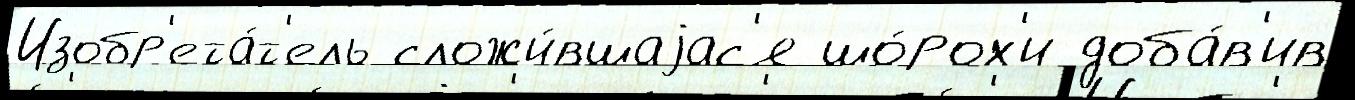
Изобр'ета́т'ель сложи́вшаjас'я шо́рох'и доба́в'ив